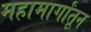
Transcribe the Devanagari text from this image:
महामार्गांतून